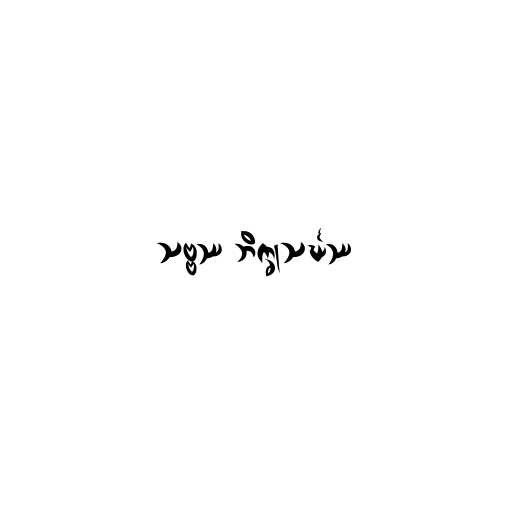
သဗ္ဗဿ ဘိက္ခုသင်္ဃဿ